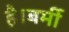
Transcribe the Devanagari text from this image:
है।बर्मी